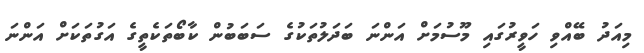
މިއަދު ބޭއްވި ހަވީރުގައި މޫސުމަށް އަންނަ ބަދަލުތަކުގެ ސަބަބުން ކާބޯތަކެތީގެ އަގުތަކަށް އަންނަ